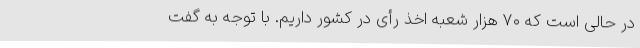
در حالی است که ۷۰ هزار شعبه اخذ رأی در کشور داریم. با توجه به گفت